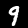
Digit: 9